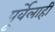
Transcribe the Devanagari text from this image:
पूर्वेलाही